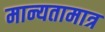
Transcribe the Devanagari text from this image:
मान्यतामात्र